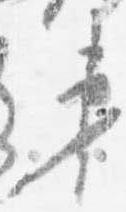
第